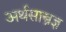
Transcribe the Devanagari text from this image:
अर्थसास्त्रज्ञ